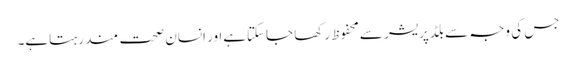
جس کی وجہ سے بلڈپریشر سےمحفوظ رکھا جاسکتاہےاور انسان صحت مند رہتاہے۔